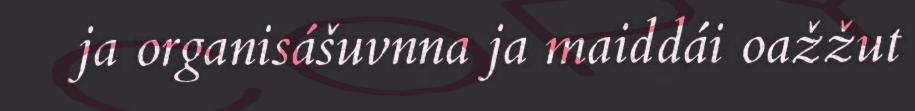
ja organisášuvnna ja maiddái oažžut